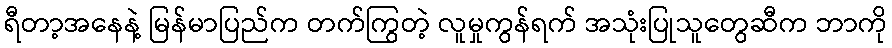
ရီတာ့အနေနဲ့ မြန်မာပြည်က တက်ကြွတဲ့ လူမှုကွန်ရက် အသုံးပြုသူတွေဆီက ဘာကို